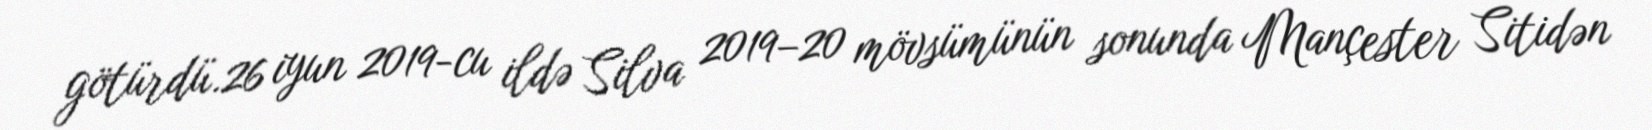
götürdü.26 iyun 2019-cu ildə Silva 2019–20 mövsümünün sonunda Mançester Sitidən